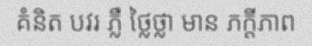
គំនិត បវរ ភ្លឺ ថ្លៃថ្លា មាន ភក្តីភាព